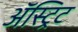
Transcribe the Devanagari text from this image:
ॲस्ट्रिट